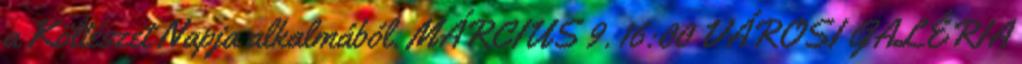
a Költészet Napja alkalmából. MÁRCIUS 9. 16:00 VÁROSI GALÉRIA